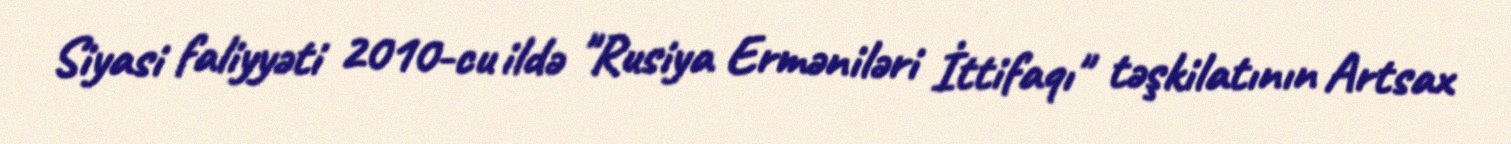
Siyasi faliyyəti 2010-cu ildə "Rusiya Erməniləri İttifaqı" təşkilatının Artsax